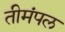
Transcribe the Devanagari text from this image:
तीमंपल